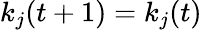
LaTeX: k_{j}(t+1)=k_{j}(t)